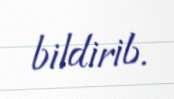
bildirib.